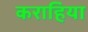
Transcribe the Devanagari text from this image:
कराहिया